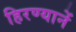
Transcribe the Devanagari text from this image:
हिरण्यानें